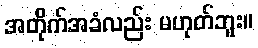
အတိုက်အခံလည်း မဟုတ်ဘူး။